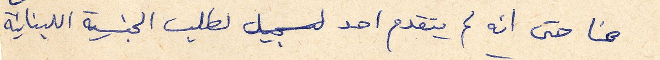
هنا حتى انه لم يتقدم احد لتسجيل طلب الجنسية اللبنانية